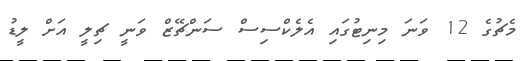
މެޗުގެ 12 ވަނަ މިނިޓުގައި އެލެކްސިސް ސަންޗޭޒް ވަނީ ޗިލީ އަށް ލީޑު